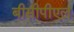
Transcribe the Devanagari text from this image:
बीसीपीएल